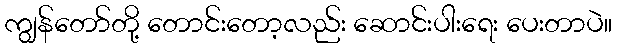
ကျွန်တော်တို့ တောင်းတော့လည်း ဆောင်းပါးရေး ပေးတာပဲ။